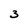
Character: 3